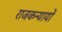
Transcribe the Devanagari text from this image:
राजकन्यायों